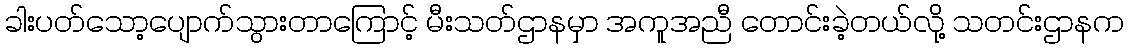
ခါးပတ်သော့ပျောက်သွားတာကြောင့် မီးသတ်ဌာနမှာ အကူအညီ တောင်းခဲ့တယ်လို့ သတင်းဌာနက